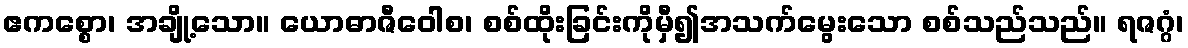
ဧကစ္စော၊ အချို့သော။ ယောဓာဇီဝေါစ၊ စစ်ထိုးခြင်းကိုမှီ၍အသက်မွေးသော စစ်သည်သည်။ ရဇဂ္ဂံ၊